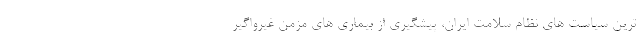
ترین سیاست های نظام سلامت ایران، پیشگیری از بیماری های مزمن غیرواگیر